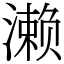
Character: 濑